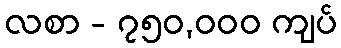
လစာ - ၇၅၀,၀၀၀ ကျပ်